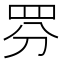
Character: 𱺺